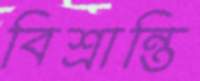
বিশ্রান্তি